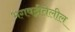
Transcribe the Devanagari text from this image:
भगवद्गीतेलील